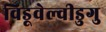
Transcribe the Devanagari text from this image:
विडूवेल्वीडुगु